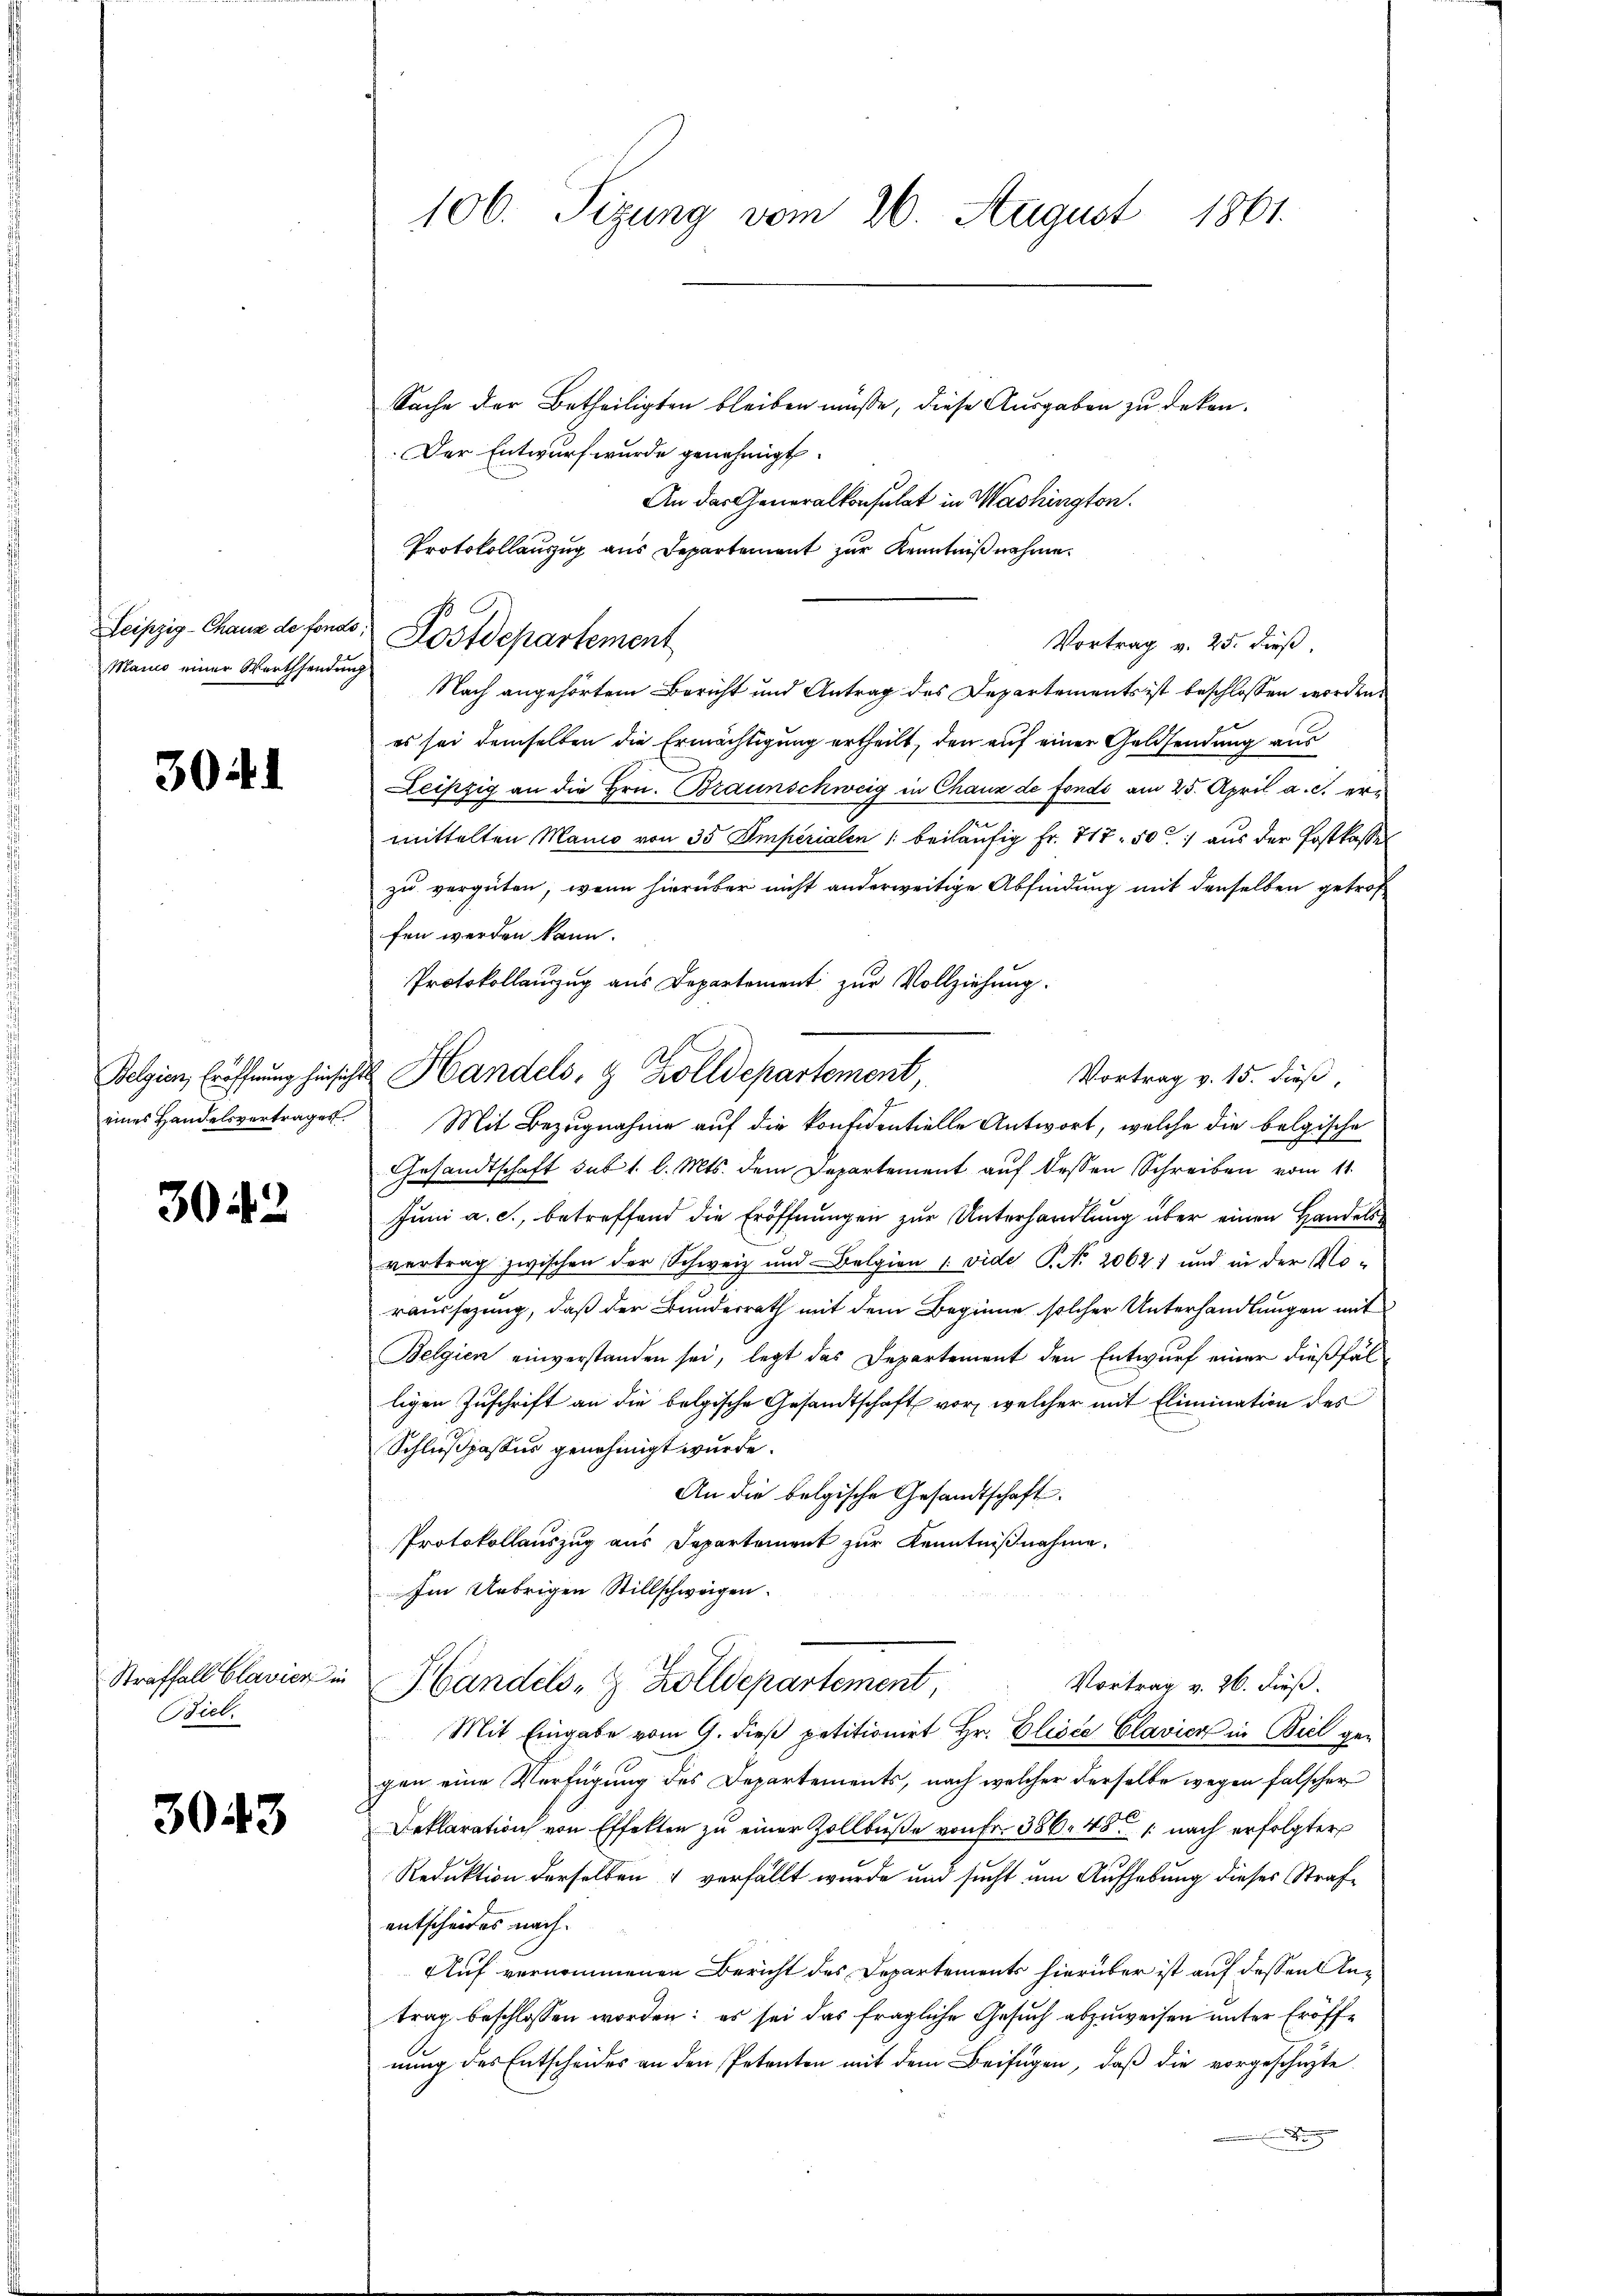
Marno einer Werthsendung

3041

304. 2

Straffall Clavier in
Biel.

3043

106. Sizung vom 26. August 1861.

Sache der Betheiligten bleiben müße, diese Ausgaben zu deken.
Der Entwurf wurde genehmigt.
An das Generalkonsulat in Washington.
Protokollauszug aus Departement zur Kenntniß nehme.
Nach angehörtem Bericht und Antrag des Departements ist beschlossen worden,
es sei demselben die Ermächtigung ertheilt, den auf einer Geldsendung aus
Leipzig an die Hrn. Braunschweig in Chaux de fonde am 25. April a. c. ermittelten Manio von 35 Emperialen /: beiläufig Fr. 717. 50 aus der Postkassel
zu vergüten, wenn hierüber nicht anderweitige Abfindung mit denselben getrof
fen werden kann.
Protokollanzug aus Departement zur Vollziehung.
Vortrag v. 15. dieß,
e
eines Handelsvertrages. Mit Bezŭgnahme aŭf die konfidentielle Antwort, welche die belgische
Gesandtschaft sub 1. l. Mts. dem Departement auf deßen Schreiben vom 11.
Juni a. c., betreffend die Eröffnungen zur Unterhandlung über einen Handelsvertrag zwischen der Schweiz und Belgien 1. vide P. N. 20621 und in der Noraussezung, daß der Bundesrath mit dem Beginne solcher Unterhandlungen mit
Belgien einverstanden sei, legt das Departement den Entwurf einer dießfälligen Zuschrift an die bolgische Gesandtschaft vor, welcher mit Elimination des
Schlußpassus genehmigt wurde.
An die belgische Gesandtschaft.
Protokollauszug aus Departement zur Kenntnißnahme.
Im Uebrigen Stillschweigen.
Vortrag v. 26. dieß.
Handels- & Zolldepartement,
Mit Eingabe vom 9. dieß petitionirt Hr. Elisée Clavier in Biel gegen eine Verfügung des Departements, nach welcher derselbe wegen falscher
Deklaration von Effekten zu einer Zollbuße von Fr. 386. 481 nach erfolgter
Reduktion derselben & verfällt wurde und sucht um Aufhebung dieses Strafentscheides nach.
Auf vernommenen Bericht des Departements hierüber ist auf dessen Antrag beschlossen worden: es sei das fragliche Gesuch abzuweisen unter Eröffnung des Entscheides an den Petenten mit dem Beifügen, daß die vorgeschüzte

Leipzig-Chaus de fondo. Postdepartement

Belgien, Eröffnung hinsicht Handels, 9 Zolldepartement,

Vortrag v. 25. dieß,